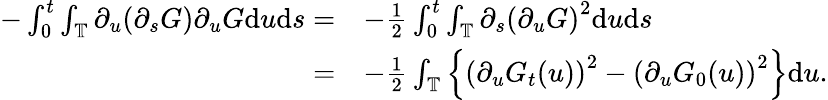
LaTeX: \begin{array}{rl}{-\int_{0}^{t}\int_{\mathbb{T}}\partial_{u}(\partial_{s}G)\partial_{u}G\mathrm{d}u\mathrm{d}s=}&{-\frac 12\int_{0}^{t}\int_{\mathbb{T}}\partial_{s}\left(\partial_{u}G\right)^{2}\mathrm{d}u\mathrm{d}s}\\ {=}&{-\frac 12\int_{\mathbb{T}}\left\{ \left(\partial_{u}G_{t}(u)\right)^{2}-\left(\partial_{u}G_{0}(u)\right)^{2}\right\} \mathrm{d}u.}\end{array}